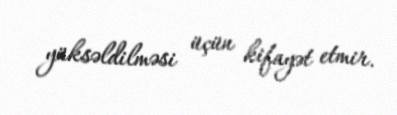
yüksəldilməsi üçün kifayət etmir.